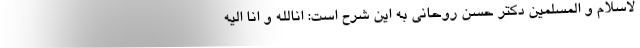
لاسلام و المسلمین دکتر حسن روحانی به این شرح است: انالله و انا الیه